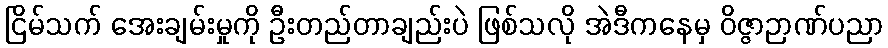
ငြိမ်သက် အေးချမ်းမှုကို ဦးတည်တာချည်းပဲ ဖြစ်သလို အဲဒီကနေမှ ဝိဇ္ဇာဉာဏ်ပညာ